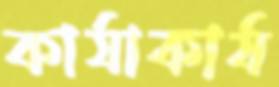
কার্যাকার্য